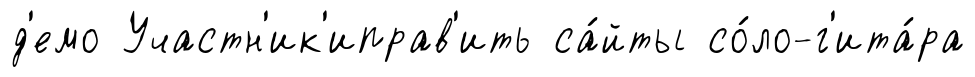
д'емо Участн'ик'иправ'ить са́йты со́ло-г'ита́ра